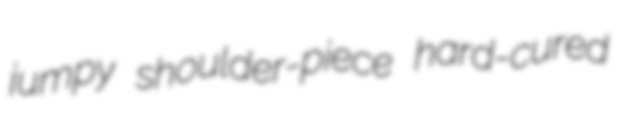
jumpy shoulder-piece hard-cured